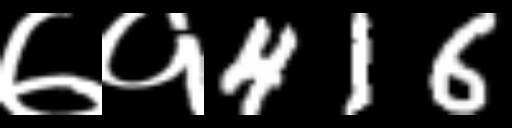
Text: ७१416